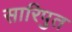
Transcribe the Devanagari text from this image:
सारिपुत